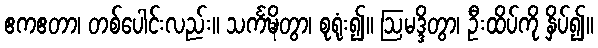
ဧကဧတာ၊ တစ်ပေါင်းလည်း။ သင်္ကဍ္ဎိတွာ၊ စုရုံး၍။ ဩမဒ္ဒိတွာ၊ ဦးထိပ်ကို နှိပ်၍။